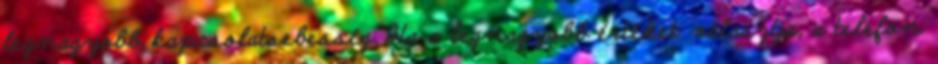
legnagyobb kapcsolatsebesség. Ha a legnagyobb értéket választja, a telefon